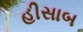
હીસાબ